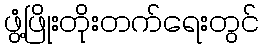
ဖွံ့ဖြိုးတိုးတက်ရေးတွင်